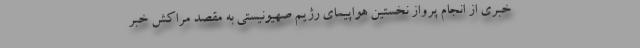
خبری از انجام پرواز نخستین هواپیمای رژیم صهیونیستی به مقصد مراکش خبر